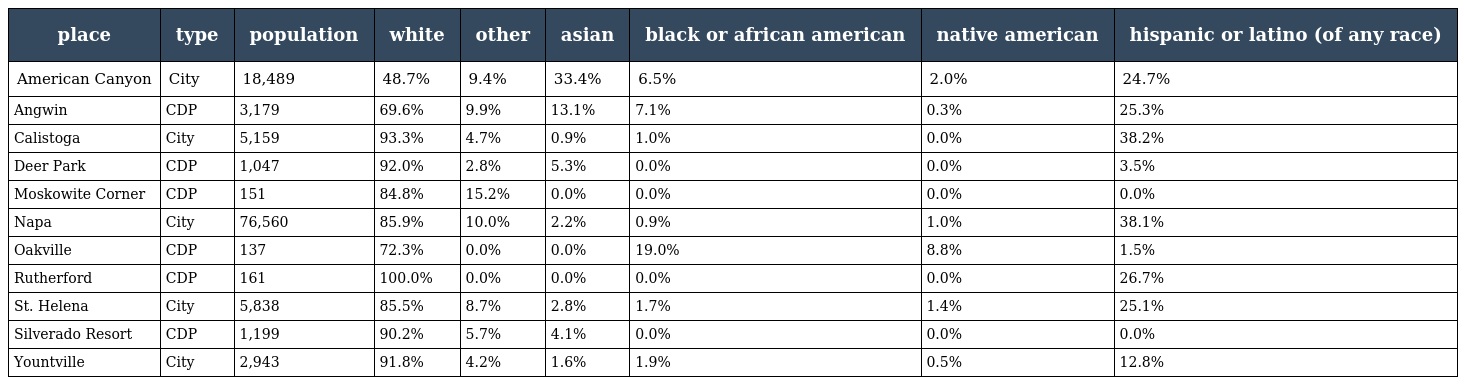
| place | type | population | white | other | asian | black or african american | native american | hispanic or latino (of any race) |
 | --- | --- | --- | --- | --- | --- | --- | --- | --- |
 | American Canyon | City | 18,489 | 48.7% | 9.4% | 33.4% | 6.5% | 2.0% | 24.7% |
 | Angwin | CDP | 3,179 | 69.6% | 9.9% | 13.1% | 7.1% | 0.3% | 25.3% |
 | Calistoga | City | 5,159 | 93.3% | 4.7% | 0.9% | 1.0% | 0.0% | 38.2% |
 | Deer Park | CDP | 1,047 | 92.0% | 2.8% | 5.3% | 0.0% | 0.0% | 3.5% |
 | Moskowite Corner | CDP | 151 | 84.8% | 15.2% | 0.0% | 0.0% | 0.0% | 0.0% |
 | Napa | City | 76,560 | 85.9% | 10.0% | 2.2% | 0.9% | 1.0% | 38.1% |
 | Oakville | CDP | 137 | 72.3% | 0.0% | 0.0% | 19.0% | 8.8% | 1.5% |
 | Rutherford | CDP | 161 | 100.0% | 0.0% | 0.0% | 0.0% | 0.0% | 26.7% |
 | St. Helena | City | 5,838 | 85.5% | 8.7% | 2.8% | 1.7% | 1.4% | 25.1% |
 | Silverado Resort | CDP | 1,199 | 90.2% | 5.7% | 4.1% | 0.0% | 0.0% | 0.0% |
 | Yountville | City | 2,943 | 91.8% | 4.2% | 1.6% | 1.9% | 0.5% | 12.8% |